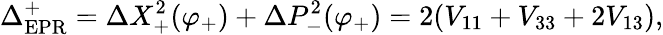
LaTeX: \Delta_{\mathrm{EPR}}^{+}=\Delta X_{+}^{2}(\varphi_{+})+\Delta P_{-}^{2}(\varphi_{+})=2(V_{11}+V_{33}+2V_{13}),